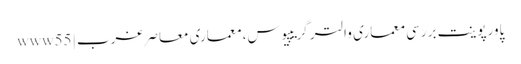
پاورپوینت بررسی معماری والتر گریپیوس، معماری معاصر غرب | www55